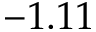
- 1 . 1 1